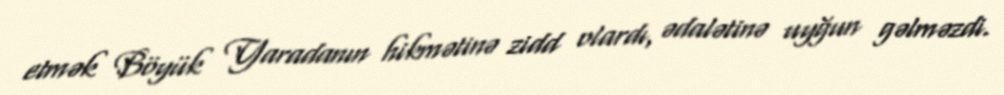
etmək Böyük Yaradanın hikmətinə zidd olardı, ədalətinə uyğun gəlməzdi.